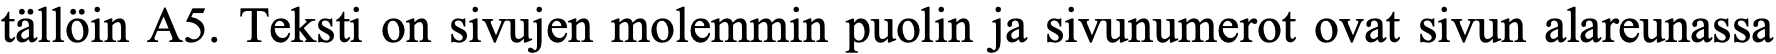
tällöin A5. Teksti on sivujen molemmin puolin ja sivunumerot ovat sivun alareunassa